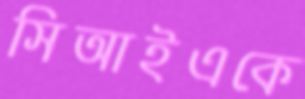
সিআইএকে